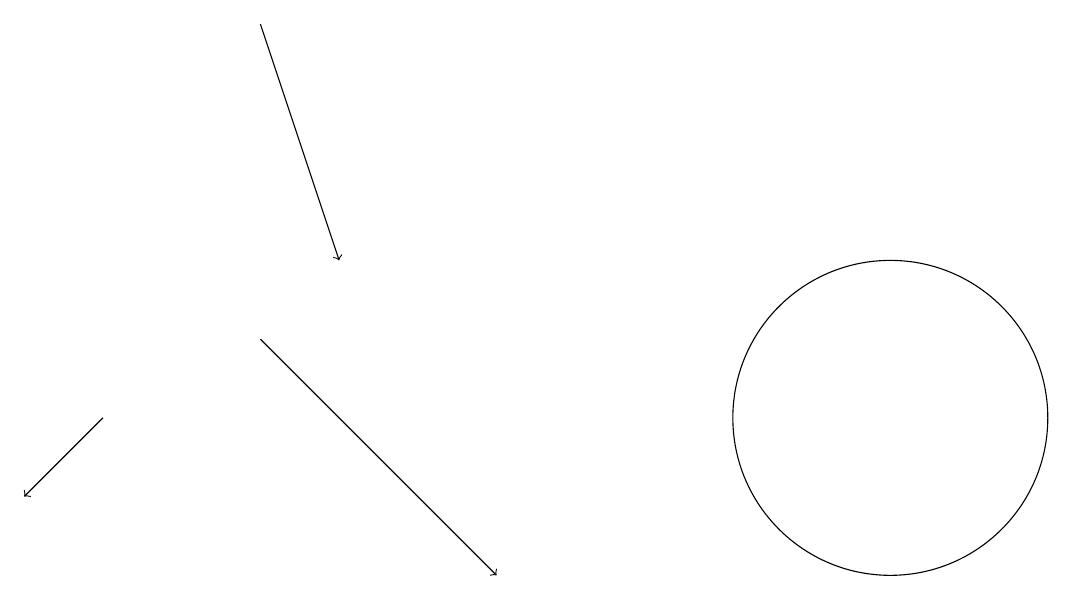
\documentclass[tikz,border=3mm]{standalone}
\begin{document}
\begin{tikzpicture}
\draw[->] (3,17) -- (4,14);
\draw[->] (1,12) -- (0,11);
\draw (11,12) circle (2);
\draw (10,12) circle (0);
\draw[->] (3,13) -- (6,10);
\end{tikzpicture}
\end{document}